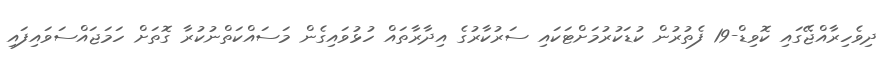
ދިވެހިރާއްޖޭގައި ކޮވިޑް-19 ފެތުރުން ކުޑަކުރުމަށްޓަކައި ސަރުކާރުގެ އިދާރާތައް ހުޅުވައިގެން މަސައްކަތްނުކުރާ ގޮތަށް ހަމަޖައްސަވައިފައި